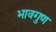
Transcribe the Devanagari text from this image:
भावगुण